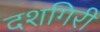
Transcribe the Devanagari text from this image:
दशगिरी